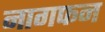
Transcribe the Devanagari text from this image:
नागफन